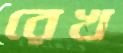
রেখ